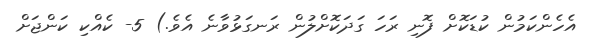
އެހެންކަމުން ކުޑަކޮށް ފޮނި ރަހަ ގަދަކޮށްލުން ރަނގަޅުވާނެ އެވެ.) 5- ކެއްކި ކަންޖަށް